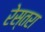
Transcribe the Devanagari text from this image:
रेस्तरा